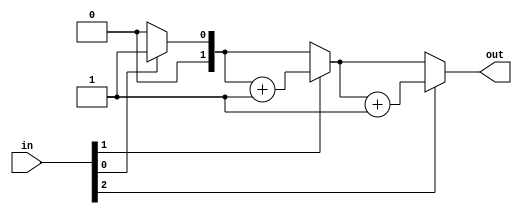
module top_module( 
    input [2:0] in,
    output [1:0] out );
    integer i;
always @*begin
    out=0;
    for(i=0;i<3;i++)
        if(in[i]) out=out+1;
end
endmodule